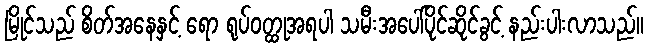
မြိုင်သည် စိတ်အနေနှင့် ရော ရုပ်ဝတ္ထုအရပါ သမီးအပေါ်ပိုင်ဆိုင်ခွင့် နည်းပါးလာသည်။